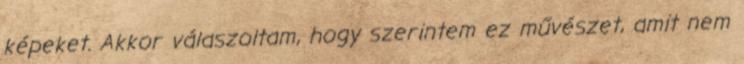
képeket. Akkor válaszoltam, hogy szerintem ez művészet, amit nem